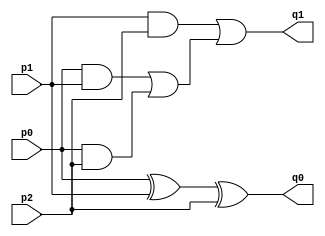


module FullAdder(q1, q0, p0, p1, p2); // q0 in same column, q1 in next column

input p0, p1, p2;
output q0, q1;
wire w1, w2, w3, w4, w5;

xor xor_0 (w1, p0, p1);
xor xor_1 (q0, w1, p2);

and and_0 (w2, p0, p1);
and and_1 (w3, p0, p2);
and and_2 (w4, p1, p2);
or  or_0 (w5, w2, w3);
or  or_1 (q1, w4, w5);

endmodule